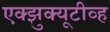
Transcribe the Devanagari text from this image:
एक्झुक्यूटीव्ह